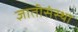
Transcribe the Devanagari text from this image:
ज्ञातीसंस्था